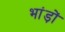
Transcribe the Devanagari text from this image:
भांड़ों